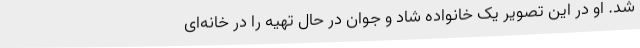
شد. او در این تصویر یک خانواده شاد و جوان در حال تهیه را در خانه‌ای